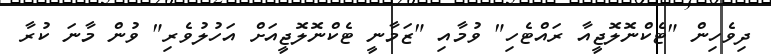
ދިވެހިން "ޓެކްނޮލޮޖީއާ ރައްޓެހި" ވުމާއި "ޒަމާނީ ޓެކްނޮލޮޖީއަށް އަހުލުވެރި" ވުން މާނަ ކުރާ